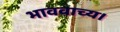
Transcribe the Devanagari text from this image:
भाववाच्य।